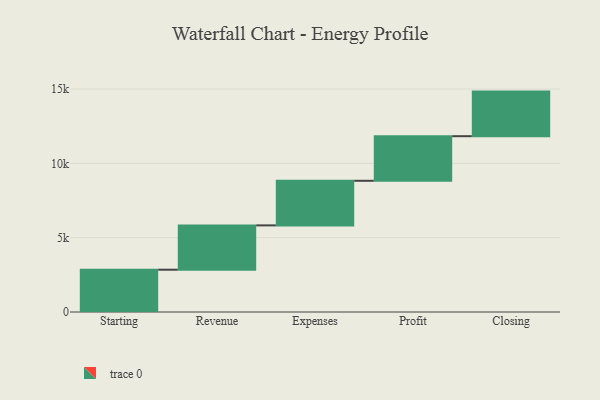
{"axis": {"x": "Step", "y": "Value"}, "legend": [""], "data": [{"x": "Starting", "y": 2845.0, "type": ""}, {"x": "Revenue", "y": 2982.0, "type": ""}, {"x": "Expenses", "y": 3000, "type": ""}, {"x": "Profit", "y": 3000, "type": ""}, {"x": "Closing", "y": 3000, "type": ""}]}